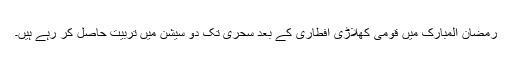
رمضان المبارک میں قومی کھلاڑی افطاری کے بعد سحری تک دو سیشن میں تربیت حاصل کر رہے ہیں۔